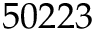
5 0 2 2 3